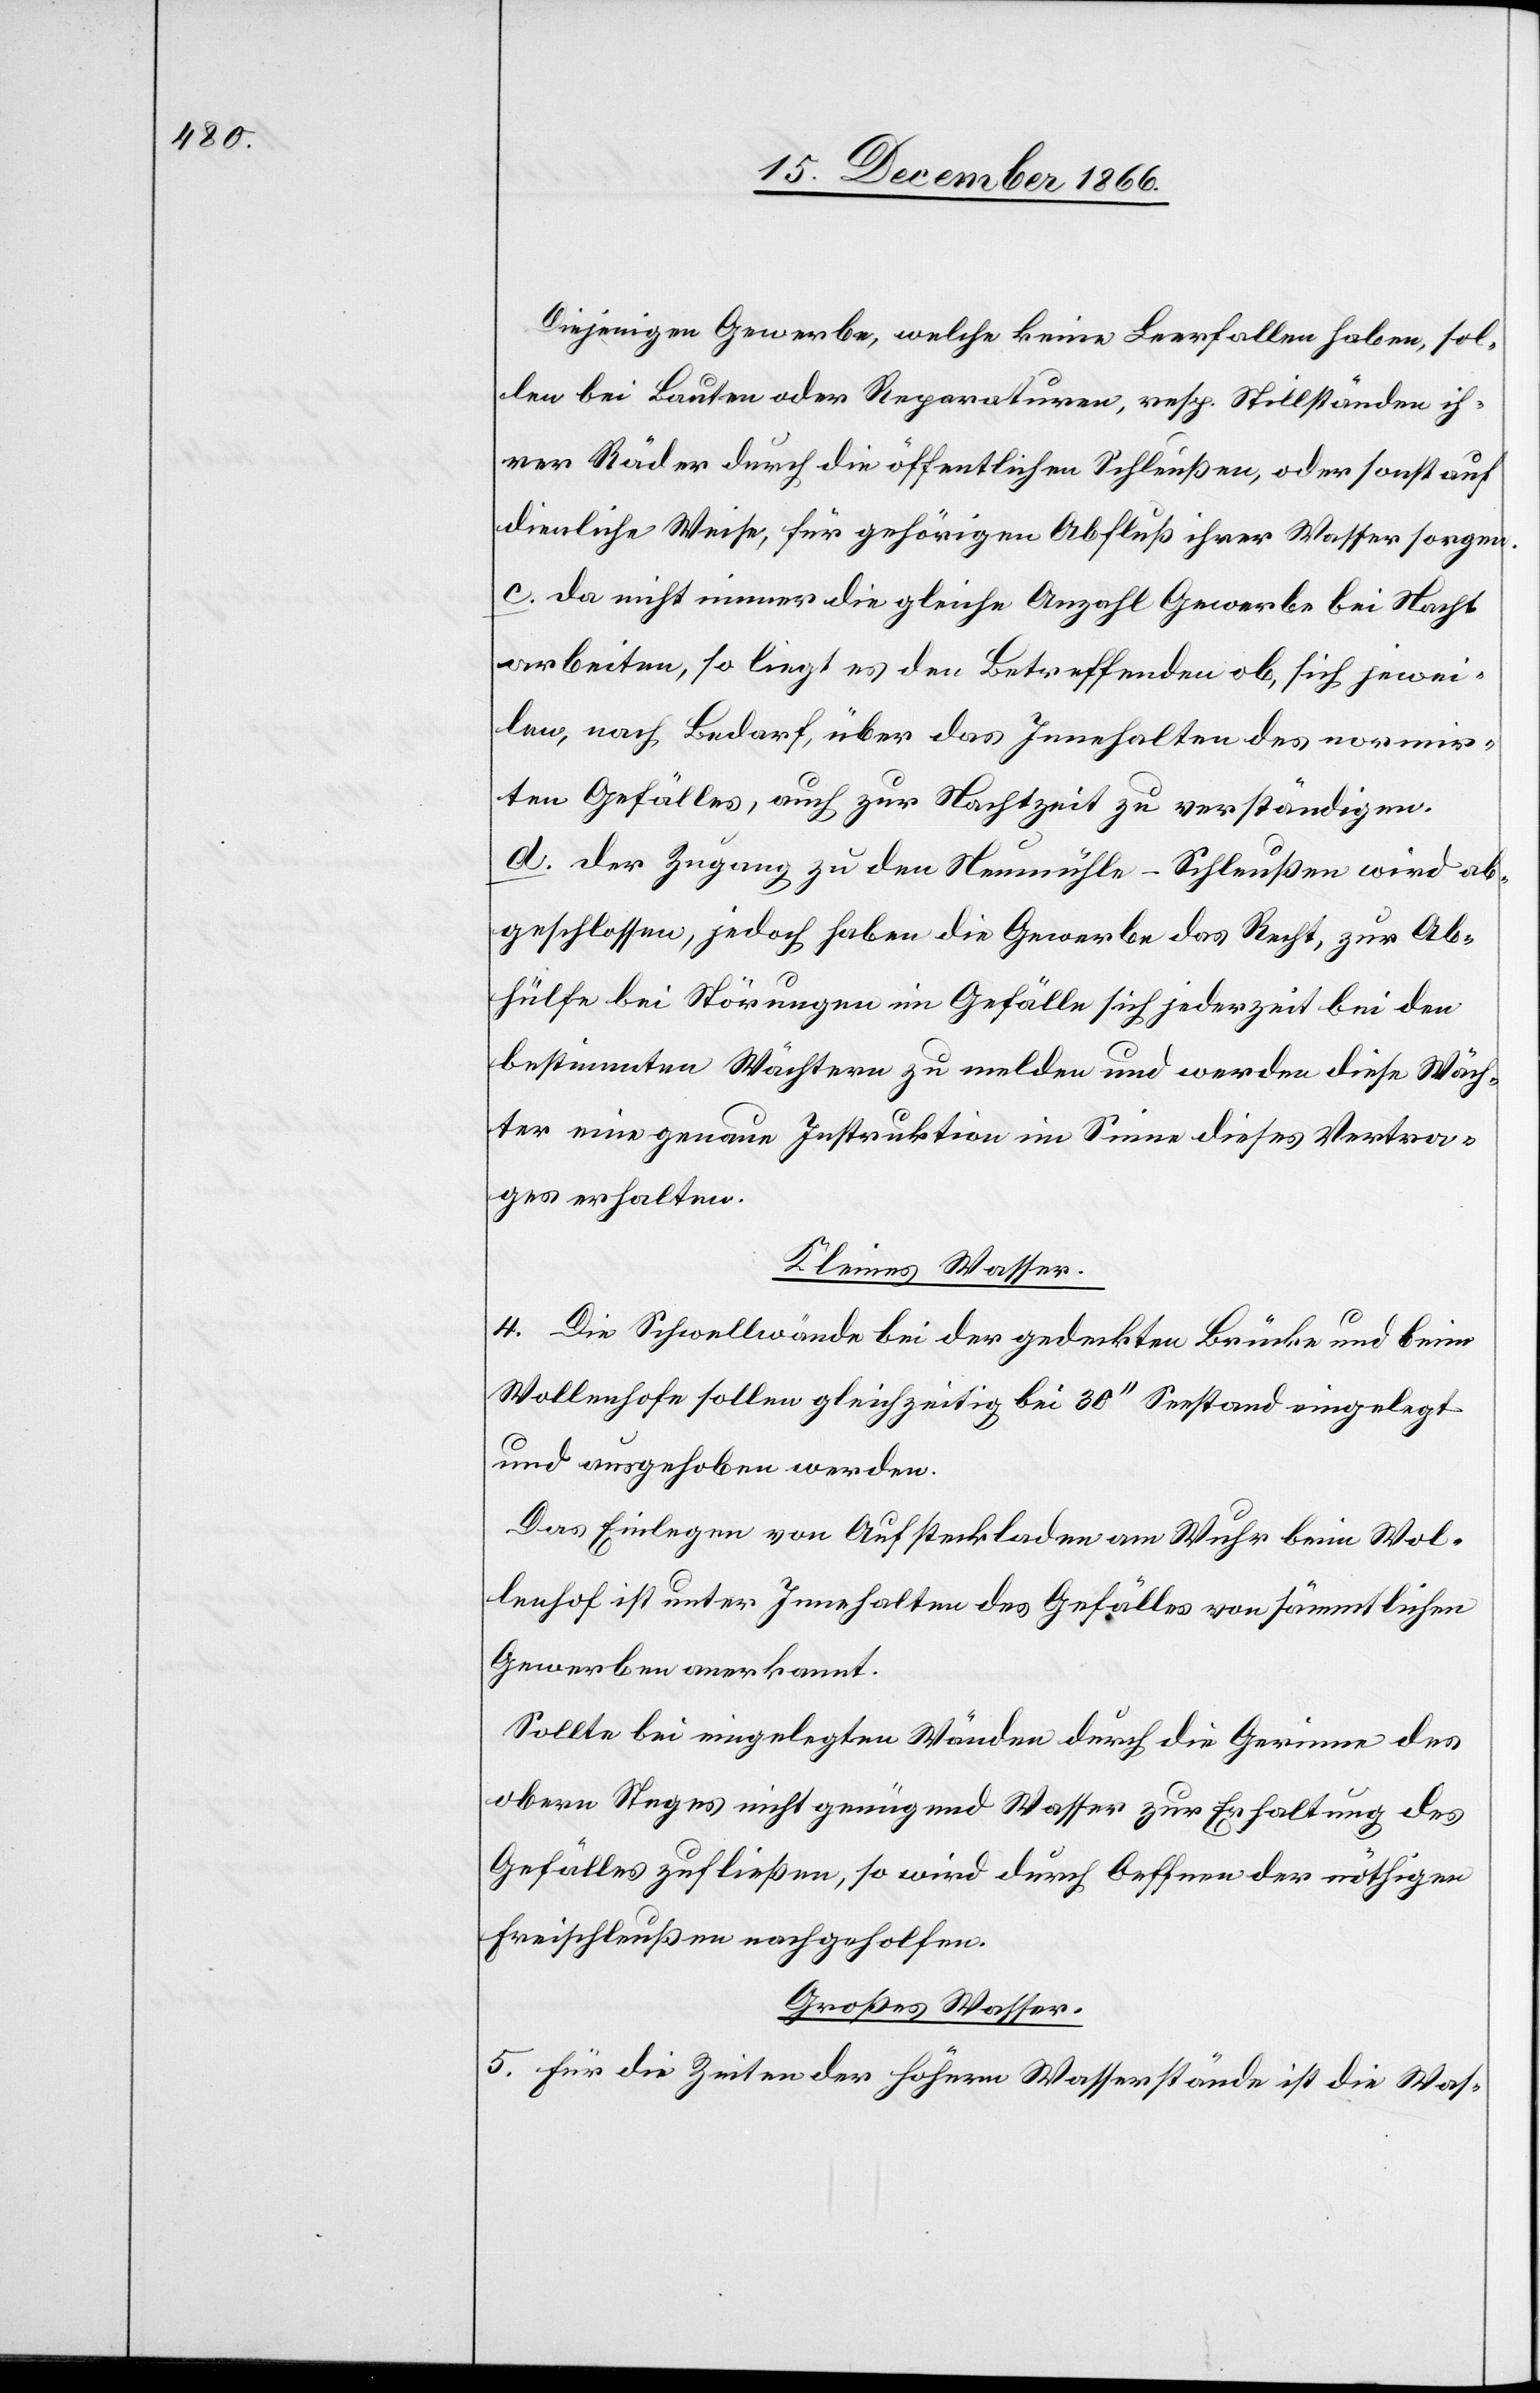
Diejenigen Gewerbe, welche keine Leerfallen haben, sol¬
len bei Bauten oder Reparaturen, resp. Stillständen ih¬
rer Räder durch die öffentlichen Schleußen, oder sonst auf
dienliche Weise, für gehörigen Abfluß ihrer Wasser sorgen.
c. da nicht immer die gleiche Anzahl Gewerbe bei Nacht
arbeiten, so liegt es den Betreffenden ob, sich jewei¬
len, nach Bedarf, über das Innehalten des normir¬
ten Gefälles, auch zur Nachtzeit zu verständigen.
d. der Zugang zu den Neumühle-Schleußen wird ab¬
geschlossen, jedoch haben die Gewerbe das Recht, zur Ab¬
hülfe bei Störungen im Gefälle sich jederzeit bei den
bestimmten Wächtern zu melden und werden diese Wäch¬
ter eine genaue Instruktion im Sinne dieses Vertra¬
ges erhalten.
Kleines Wasser.
4. Die Schwellwände bei der gedeckten Brücke und beim
Wollenhofe sollen gleichzeitig bei 30‘‘ Seestand eingelegt
und ausgehoben werden.
Das Einlegen von Aufsteckladen am Wuhr beim Wol¬
lenhof ist unter Innehaltung des Gefälles von sämmtlichen
Gewerben anerkannt.
Sollte bei eingelegten Wänden durch die Gerinne des
obern Steges nicht genügend Wasser zur Erhaltung des
Gefälles zufließen, so wird durch Oeffnen der nöthigen
Freischleußen nachgeholfen.
Großes Wasser.
5. Für die Zeit der höhern Wasserstände ist die Was-